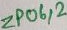
Text: ZP06,2